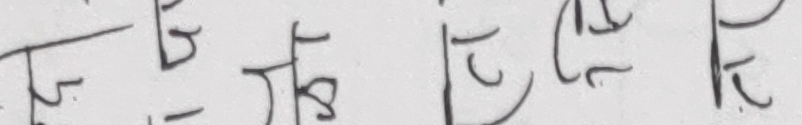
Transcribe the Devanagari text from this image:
फ ब झ टु डु ठु